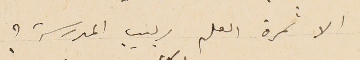
الا ثمرة العلم ربيب المدرسة ؟